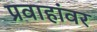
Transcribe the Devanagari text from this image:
प्रवाहांवर